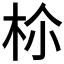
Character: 𣐐